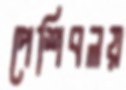
পেশিবলয়